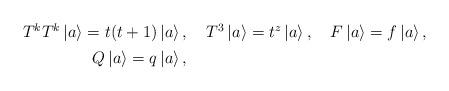
LaTeX: \begin{align*}\renewcommand{\arraystretch}{1.3}\begin{array}{rrc}T^k T^k \left| a\right> = t (t+1) \left| a\right>, & \,\,T^3 \left| a\right> = t^z \left| a\right>, & \, \,F\left| a\right> = f \left| a\right>, \\Q \left| a\right> = q \left| a\right>, & &\end{array} \end{align*}